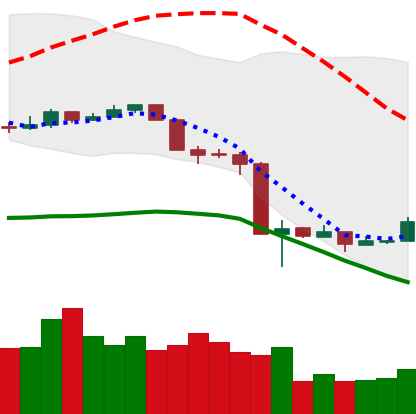
Ticker: NEO-USD
Chart end date: 2020-03-19
Forward return: 5.75%
Label: up_5_7